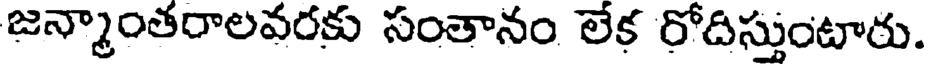
జన్మాంతరాలవరకు సంతానం లేక రోదిస్తుంటారు.